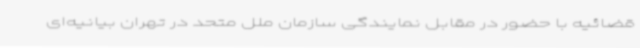
قضائیه با حضور در مقابل نمایندگی سازمان ملل متحد در تهران بیانیه‌ای